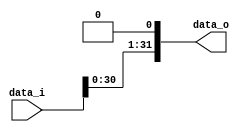
/***************************************************
Student Name: La, B
Student ID: 0716229, 0716236
***************************************************/

`timescale 1ns/1ps

module Shift_Left_1(
    input  [32-1:0] data_i,
    output [32-1:0] data_o
    );

/* Write your code HERE */
assign data_o[0]=0;
assign data_o[1]=data_i[0];
assign data_o[2]=data_i[1];
assign data_o[3]=data_i[2];
assign data_o[4]=data_i[3];
assign data_o[5]=data_i[4];
assign data_o[6]=data_i[5];
assign data_o[7]=data_i[6];
assign data_o[8]=data_i[7];
assign data_o[9]=data_i[8];

assign data_o[10]=data_i[9];
assign data_o[11]=data_i[10];
assign data_o[12]=data_i[11];
assign data_o[13]=data_i[12];
assign data_o[14]=data_i[13];
assign data_o[15]=data_i[14];
assign data_o[16]=data_i[15];
assign data_o[17]=data_i[16];
assign data_o[18]=data_i[17];
assign data_o[19]=data_i[18];

assign data_o[20]=data_i[19];
assign data_o[21]=data_i[20];
assign data_o[22]=data_i[21];
assign data_o[23]=data_i[22];
assign data_o[24]=data_i[23];
assign data_o[25]=data_i[24];
assign data_o[26]=data_i[25];
assign data_o[27]=data_i[26];
assign data_o[28]=data_i[27];
assign data_o[29]=data_i[28];

assign data_o[30]=data_i[29];
assign data_o[31]=data_i[30];


endmodule